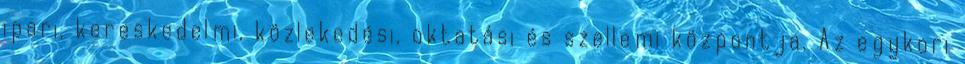
ipari, kereskedelmi, közlekedési, oktatási és szellemi központja. Az egykori